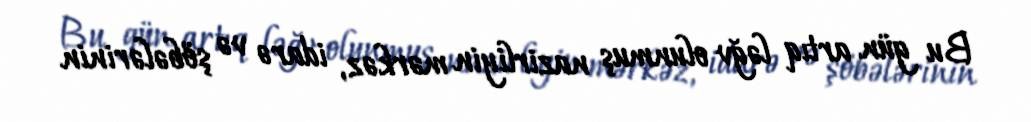
Bu gün artıq ləğv olunmuş nazirliyin mərkəz, idarə və şöbələrinin